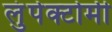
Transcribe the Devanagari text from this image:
लुंपेक्टोमी